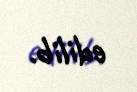
edilib.